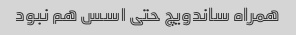
همراه ساندویچ حتی ١سس هم نبود